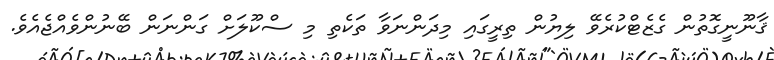
ޤާނޫނީގޮތުން ގެޒެޓްކުރެވޭ ލިޔުން ތިރީގައި މިދަންނަވާ ތަކެތި މި ސްކޫލަށް ގަންނަން ބޭނުންވެއްޖެއެވެ.